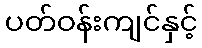
ပတ်ဝန်းကျင်နှင့်